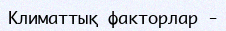
Климаттық факторлар -